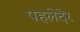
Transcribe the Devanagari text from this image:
पहलेदेर